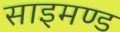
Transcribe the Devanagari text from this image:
साइमण्ड